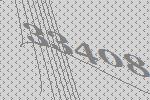
33408